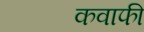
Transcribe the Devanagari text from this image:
कवाफी